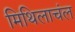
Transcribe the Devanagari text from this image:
मिथिलाचंल